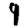
Digit: 9